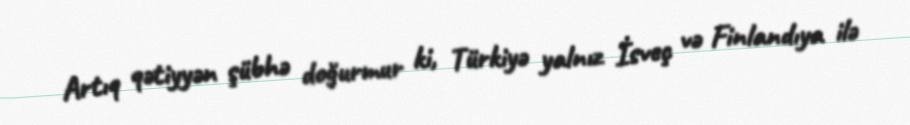
Artıq qətiyyən şübhə doğurmur ki, Türkiyə yalnız İsveç və Finlandıya ilə